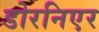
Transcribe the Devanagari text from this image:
डोरनिएर